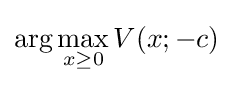
\arg \max _{x\geq 0}V(x;-c)